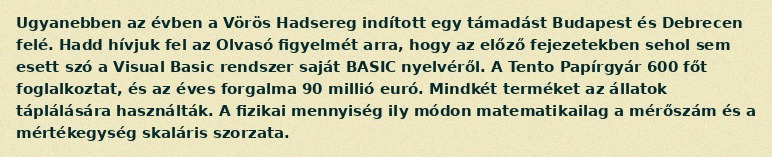
Ugyanebben az évben a Vörös Hadsereg indított egy támadást Budapest és Debrecen felé. Hadd hívjuk fel az Olvasó figyelmét arra, hogy az előző fejezetekben sehol sem esett szó a Visual Basic rendszer saját BASIC nyelvéről. A Tento Papírgyár 600 főt foglalkoztat, és az éves forgalma 90 millió euró. Mindkét terméket az állatok táplálására használták. A fizikai mennyiség ily módon matematikailag a mérőszám és a mértékegység skaláris szorzata.